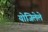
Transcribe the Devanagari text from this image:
योजिलेले